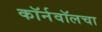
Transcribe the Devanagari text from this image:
कॉर्नवॉलचा